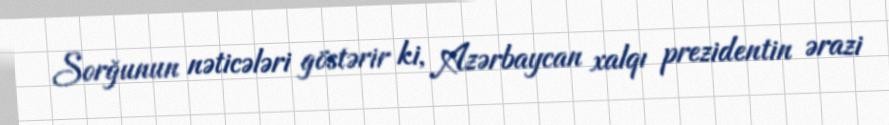
Sorğunun nəticələri göstərir ki, Azərbaycan xalqı prezidentin ərazi